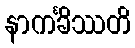
နာကင်္ခိဿတိ